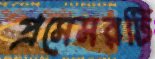
প্রসেসরটি